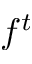
f ^ { t }